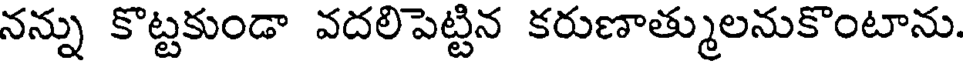
నన్ను కొట్టకుండా వదలిపెట్టిన కరుణాత్ములనుకొంటాను.